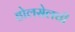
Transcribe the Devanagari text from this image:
होलसेलची